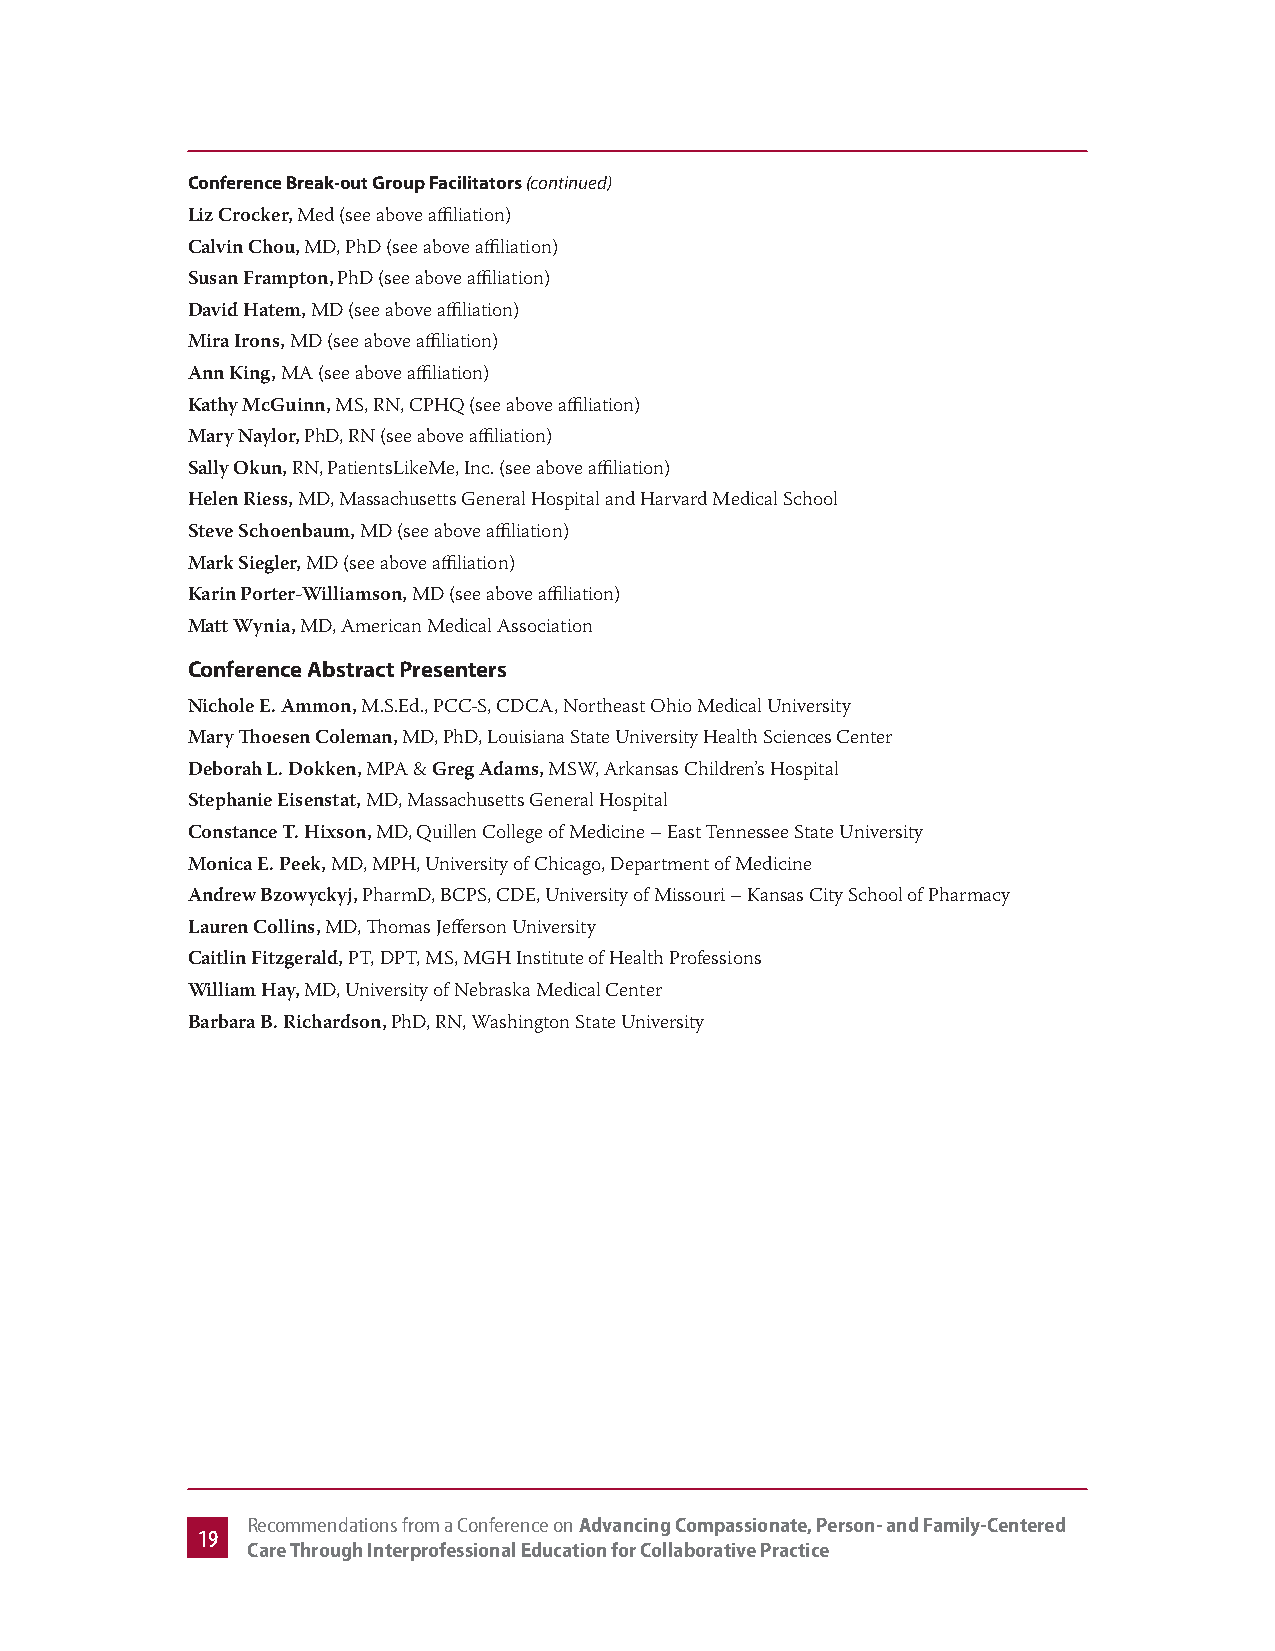
Conference Break-out Group Facilitators (continued)
 Liz Crocker, Med (see above affiliation)
 Calvin Chou, MD, PhD (see above affiliation)
 Susan Frampton, PhD (see above affiliation)
 David Hatem, MD (see above affiliation)
 Mira Irons, MD (see above affiliation)
 Ann King, MA (see above affiliation)
 Kathy McGuinn, MS, RN, CPHQ (see above affiliation)
 Mary Naylor, PhD, RN (see above affiliation)
 Sally Okun, RN, PatientsLikeMe, Inc. (see above affiliation)
 Helen Riess, MD, Massachusetts General Hospital and Harvard Medical School
 Steve Schoenbaum, MD (see above affiliation)
 Mark Siegler, MD (see above affiliation)
 Karin Porter-Williamson, MD (see above affiliation)
 Matt Wynia, MD, American Medical Association
 Conference Abstract Presenters
 Nichole E. Ammon, M.S.Ed., PCC-S, CDCA, Northeast Ohio Medical University
 Mary Thoesen Coleman, MD, PhD, Louisiana State University Health Sciences Center
 Deborah L. Dokken, MPA & Greg Adams, MSW, Arkansas Children’s Hospital
 Stephanie Eisenstat, MD, Massachusetts General Hospital
 Constance T. Hixson, MD, Quillen College of Medicine – East Tennessee State University
 Monica E. Peek, MD, MPH, University of Chicago, Department of Medicine
 Andrew Bzowyckyj, PharmD, BCPS, CDE, University of Missouri – Kansas City School of Pharmacy
 Lauren Collins, MD, Thomas Jefferson University
 Caitlin Fitzgerald, PT, DPT, MS, MGH Institute of Health Professions
 William Hay, MD, University of Nebraska Medical Center
 Barbara B. Richardson, PhD, RN, Washington State University
 Recommendations from a Conference on Advancing Compassionate, Person- and Family-Centered
 19
 Care Through Interprofessional Education for Collaborative Practice